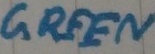
Text: Green